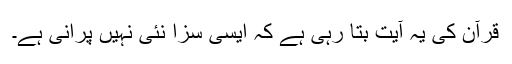
قرآن کی یہ آیت بتا رہی ہے کہ ایسی سزا نئی نہیں پرانی ہے۔